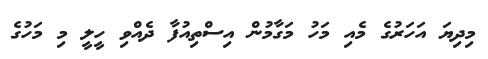
މިދިޔަ އަހަރުގެ މެއި މަހު މަގާމުން އިސްތިއުފާ ދެއްވި ހީލީ މި މަހުގެ